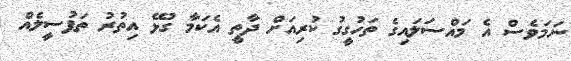
ނަމަވެސް އެ މައްސަލައިގެ ތަހުގީގު ކުރިއަށް ދާތީ އެކަމާ ގުޅޭ އިތުރު ތަފުސީލެއް